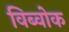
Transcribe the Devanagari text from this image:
विब्वोक